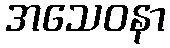
အသေဝနာ